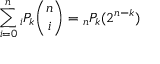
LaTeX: \sum _ { i = 0 } ^ { n } { } _ { i } P _ { k } { \binom { n } { i } } = { } _ { n } P _ { k } ( 2 ^ { n - k } )